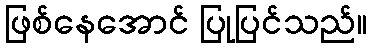
ဖြစ်နေအောင် ပြုပြင်သည်။